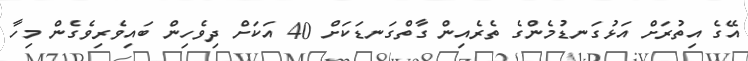
އޭގެ އިތުރަށް އަޅުގަނޑުމެންގެ ތެރެއިން ގާތްގަނޑަކަށް 40 އަކަށް ދިވެހިން ބައިވެރިވެގެން މިހާ